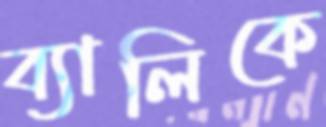
ব্যালিকে